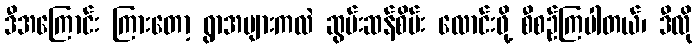
ဒီအကြောင်း ကြားတော့ ရွာအများကလဲ ဆွမ်းဆန်စိမ်း လောင်းဖို့ စီစဉ်ကြပါတယ်၊ ဒီလို